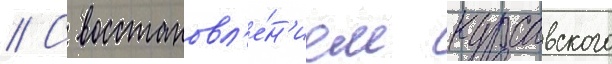
// С восстановл'е́н'ием курсавского